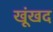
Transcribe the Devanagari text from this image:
खूंखद